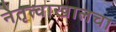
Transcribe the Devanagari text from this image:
नेतृत्वाखालचा